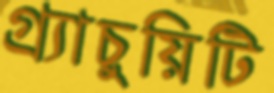
গ্র্যাচুয়িটি